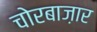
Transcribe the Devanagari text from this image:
चोरबाज़ार